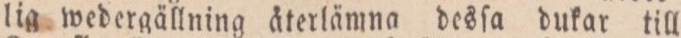
lig wedergällning återlämna desſa dukar till